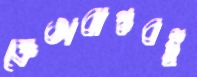
ক্রেতাবান্ধবই